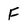
Character: F